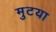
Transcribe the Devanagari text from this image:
मुटया